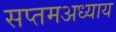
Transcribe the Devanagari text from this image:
सप्तमअध्याय